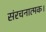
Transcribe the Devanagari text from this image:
संरचनात्मक।